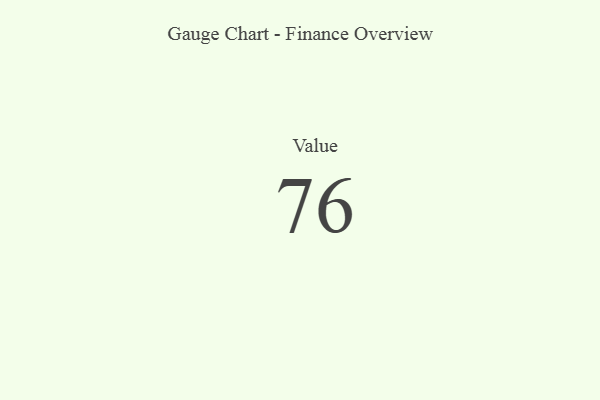
{"axis": {"x": "Metric", "y": "Value"}, "legend": [""], "data": [{"x": "Value", "y": 76, "type": ""}]}